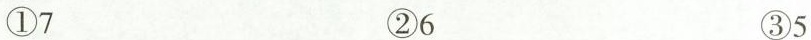
①7 ②6 ③5